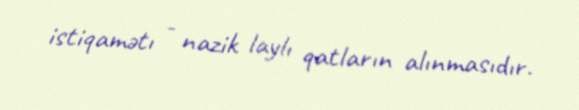
istiqamətı - nazik laylı qatların alınmasıdır.